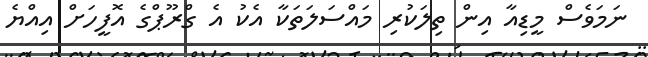
ނަމަވެސް މީޑިއާ އިން ތިލަކުރި މައްސަލަތަކާ އެކު އެ ގްރޫޕްގެ އޮފީހަށް އިއްޔެ